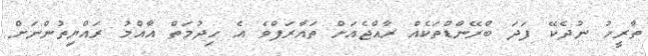
ތާރީހު ނުދެކޭ ފަދަ ބްރޭންޑްތަކެެއް ރާއްޖެއަށް ތައާރަފްވެ އެ ހިދުމަތް އާއްމު ރައްޔިތުންނަށް